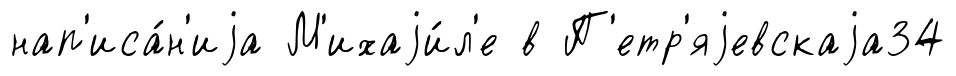
нап'иса́н'иjа М'ихаjи́л'е в П'етр'яjевскаjа34